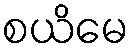
စယိမေ